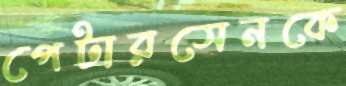
পেটারসেনকে